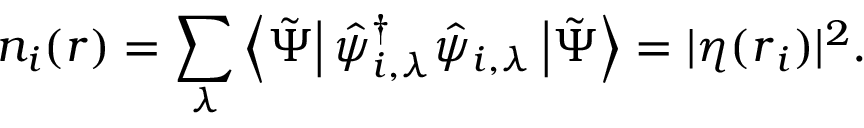
n _ { i } ( \boldsymbol { r } ) = \sum _ { \lambda } \left\langle \tilde { \Psi } \right| \hat { \psi } _ { i , \lambda } ^ { \dagger } \hat { \psi } _ { i , \lambda } \left| \tilde { \Psi } \right\rangle = | \eta ( \boldsymbol { r } _ { i } ) | ^ { 2 } .